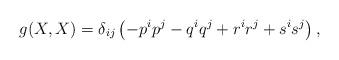
LaTeX: \begin{align*}g(X,X)=\delta _{ij}\left(-p^ip^j-q^iq^j+r^ir^j+s^is^j\right) ,\end{align*}